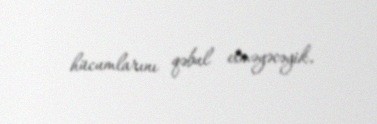
hücumlarını qəbul etməyəcəyik.